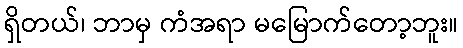
ရှိတယ်၊ ဘာမှ ကံအရာ မမြောက်တော့ဘူး။